Rangoon Lunatic Asylum 1893-1897 - 1893-1897
Year: 1893
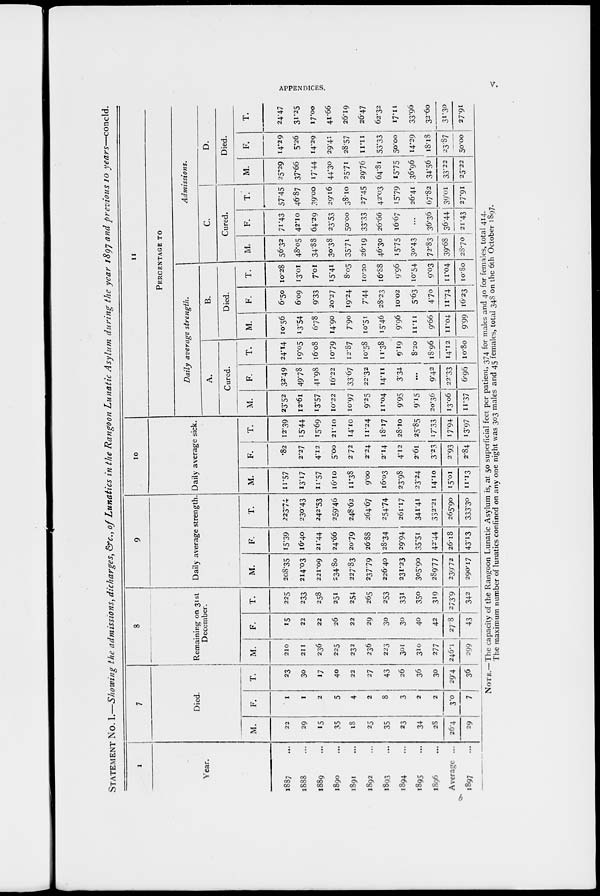
APPENDICES.
v.
STATEMENT No. I.—Showing the admissions, dicharges, &c., of Lunatics in the Rangoon Lunatic Asylum during the year 1897 and previous 10 years—concld.
1
Year.
1887 ...
1888 ...
1889 ...
1890 ...
1891 ...
1892 ...
1893 ...
1894 ...
1895 ...
1896 ...
Average
...
1897 ...
7
Died.
M.
22
29
15
35
18
25
35
23
34
28
26.4
29
F.
1
1
2
5
4
2
8
3
2
2
3.0
7
T.
23
30
17
40
22
27
43
26
36
30
29.4
36
8
Remaining on 31st
December.
M.
210
211
236
225
232
236
223
301
310
277
246.1
299
F.
15
22
22
26
22
29
30
30
40
42
27.8
43
T.
225
233
258
251
254
265
253
331
350
319
273.9
342
9
Daily average strength.
M.
208.35
214.03
221.09
234.80
227.83
237.79
226.40
231.23
305.90
289.77
239.72
290.17
F.
15.39
16.40
21.44
24.66
20.79
26.88
28.34
29.94
35.51
42.44
26.18
43.13
T.
223.74
230.43
242.53
259.46
248.62
264.67
254.74
261.17
341.41
332.21
265.90
333.30
10
Daily average sick.
M.
11.57
13.17
11.57
16.10
11.38
9.00
16.03
23.98
23.24
14.10
15.01
11.13
F.
.82
2.27
4.12
5.00
2.72
2.24
2.14
4.12
2.61
3.23
2.93
2.84
T.
12.39
15.44
15.69
21.10
14.10
11.24
18.17
28.10
25.85
17.33
17.94
13.97
11
PERCENTAGE TO
Daily average
strength.
A.
Cured.
M.
23.52
12.61
13.57
10.22
10.97
9.25
11.04
9.95
9.15
20.36
13.06
11.37
F.
32.49
49.78
41.98
16.22
33.67
22.32
14.11
3.34
...
9.42
22.33
6.96
T.
24.14
19.05
16.08
10.79
12.87
10.58
11.38
9.19
8.20
18.96
14.12
10.80
B.
Died.
M.
10.56
13.54
6.78
14.90
7.90
10.51
15.46
9.96
11.11
9.66
11.04
9.99
F.
6.50
6.09
9.33
20.27
19.24
7.44
28.23
10.02
5.63
4.70
11.74
16.23
T.
10.28
13.01
7.01
15.41
8.05
10.20
16.88
9.96
10.54
9.03
11.04
10.80
Admissions.
C.
Cured.
M.
56.32
48.05
34.88
30.38
35.71
26.19
46.30
15.75
30.43
72.83
39.68
28.70
F.
71.43
42.10
64.29
23.53
50.00
33.33
26.66
16.67
...
36.36
36.44
21.43
T.
57.45
46.87
39.00
29.16
38.10
27.45
42.03
15.79
26.41
67.82
39.01
27.91
D.
Died.
M.
25.29
37.66
17.44
44.30
25.71
29.76
64.81
15.75
36.96
34.56
33.22
25.22
F.
14.29
5.26
14.29
29.41
28.57
11.11
53.33
50.00
14.29
18.18
23.87
50.00
T.
24.47
31.25
17.00
41.66
26.19
26.47
62.32
17.11
33.96
32.60
31.30
27.91
NOTE.—The capacity of the Rangoon Lunatic Asylum is, at 50 superficial feet per patient, 374 for males and 40 for females, total 414.
The maximum number of lunatics confined on any one night was 303 males and 45 females, total 348 on the 6th October 1897.
b